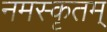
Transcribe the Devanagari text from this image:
नमस्कृतम्